Annual administration report of the Civil Veterinary Department of India - 1895-1896
Year: 1895
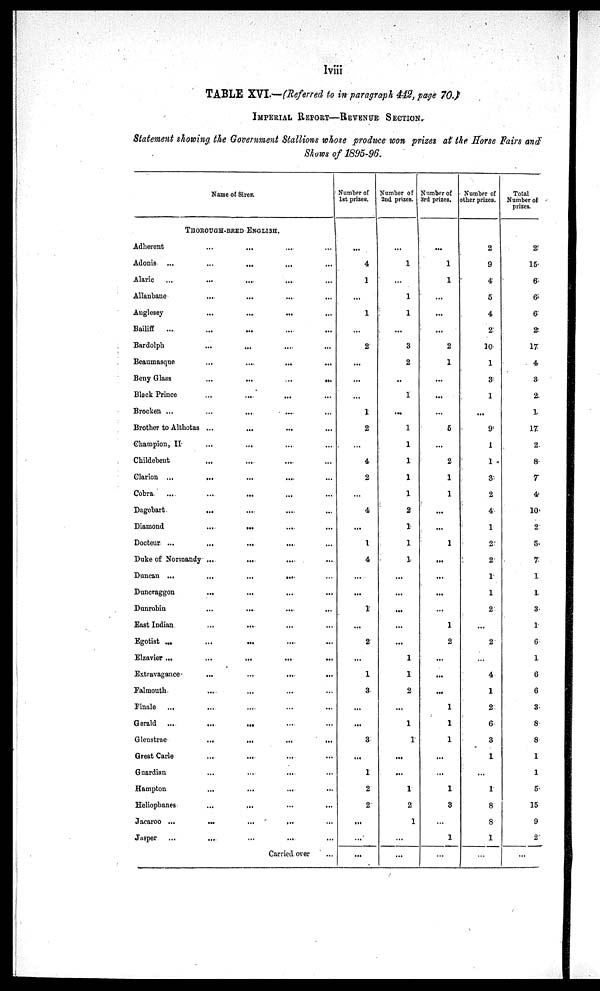
lviii
TABLE XVI.—(Referred to in paragraph 442, page 70.
IMPERIAL REPORT—REVENUE SECTION.
Statement showing the Government Stallions whose produce won prizes at the Morse Fairs and
Shows of 1895-96.
Name of Sires.
THOROUGH-BRED ENGLISH
Adherent...
...
...
Adonis
...
...
...
...
Alaric
...
...
...
...
Allanbane
...
...
...
...
Anglesey...
...
...
...
Bailiff
...
...
...
...
...
Bardolph
...
...
...
...
Beaumasque
...
...
...
...
Beny Glass
...
...
...
...
Black Prince
...
...
...
...
Brocken ...
...
...
...
...
Brother to Althotas ...
...
...
...
Champion, II...
...
...
...
Childebent
...
...
...
Clarion ...
...
...
...
...
Cobra
...
...
...
...
Dagobart
...
...
...
...
Diamond
...
...
...
...
Docteur ...
...
...
...
...
Duke of Normandy ...
...
...
...
Duncan ...
...
...
... ...
Duncraggon
...
...
...
...
Dunrobin
...
...
...
...
East Indian
...
...
......
Egotist ...
...
...
.......
Elzavier ...
...
...
...
...
Extravagance
...
...
...
...
Falmouth
...
...
... ...
Finale
...
...
...
...
Gerald
...
...
...
...
Glenstrae
...
...
...
...
Great Carle
...
...
......
Guardian
...
...
...
...
Hampton
...
...
...
...
Heliophanes
...
...
...
...
Jacaroo ...
...
...
...
...
Jnsper...
...
...
...
Carried over ...
Number of
1st prizes.
...
4
1
...
1
...
2
...
...
...
1
2
...
4
2
...
4
...
1
4
...
...
1
...
2
...
1
3
...
...
3
...
1
2
2
...
...
...
Number of
2nd prizes.
...
1
...
1
1
...
3
2
...
1
...
1
1
1
1
1
2
1
1
1
...
...
...
...
...
1
1
2
...
1
1
...
...
1
2
1
...
...
Number of
3rd
prizes..
...
1
1
...
...
...
2
...
...
...
5
...
2
1
1
...
...
1
...
...
...
...
1
2
...
...
...
1
1
1
...
...
1
3
...
1
...
Number of
other prizes.
2
9
4
5
4
2
10
1
3
1
...
9
1
1
3
2
4
1
2
2
1
1
2
...
2
...
4
1
2
6
3
1
...
1
8
8
1
...
Total
Number of
prizes.
2
15
6
6
6
2
17
4
3
2
1
17
2
8
7
4
10
2
5
7
1
1
3
1
6
1
6
6
3
8
8
1
1
5
15
9
2
...